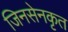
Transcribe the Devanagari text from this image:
जिनसेनकृत